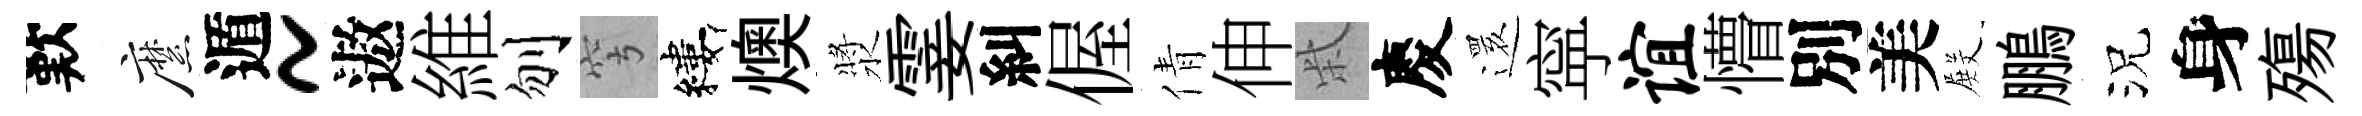
歎縻遁~遨維刎穹縷燠漿霎糾偓倩伸柴慶𮟃寜谊懵別美𭮺鵬況身殤